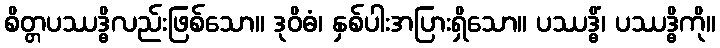
စိတ္တပဿဒ္ဓိလည်းဖြစ်သော။ ဒုဝိဓံ၊ နှစ်ပါးအပြားရှိသော။ ပဿဒ္ဓိံ၊ ပဿဒ္ဓိကို။